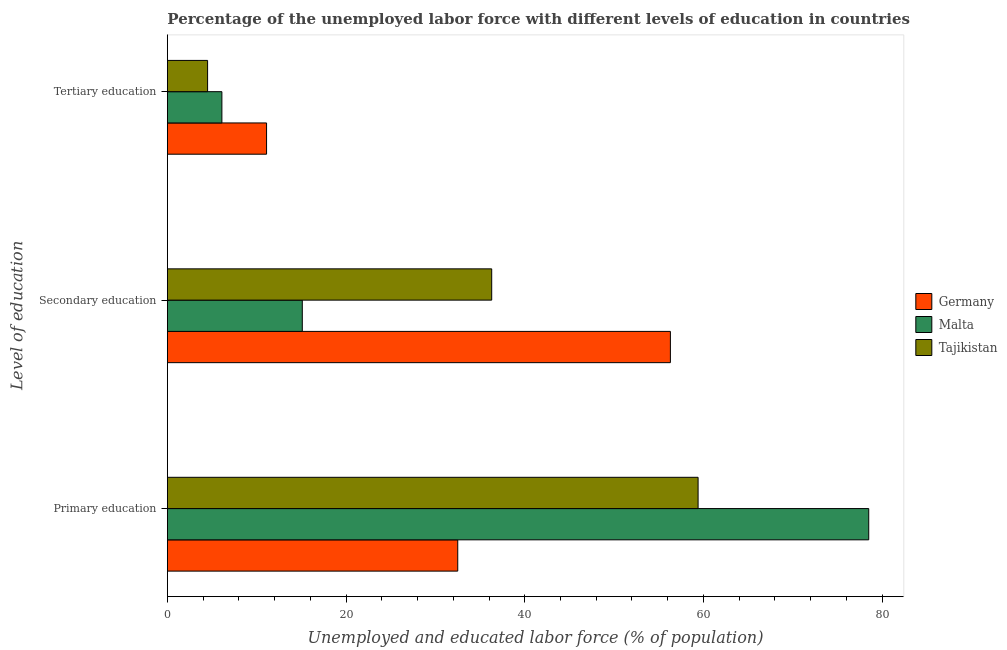
| Level of education | Germany | Malta | Tajikistan |
 | --- | --- | --- | --- |
 | Primary education | 32.5 | 78.5 | 59.4 |
 | Secondary education | 56.3 | 15.1 | 36.3 |
 | Tertiary education | 11.1 | 6.1 | 4.5 |